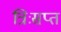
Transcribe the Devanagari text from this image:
त्रिःसप्त